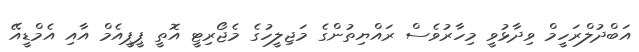
އަބްދުލްރަހީމް ވިދާޅުވީ މިހާރުވެސް ރައްޔިތުންގެ މަޖިލީހުގެ މެޖޯރިޓީ އޮތީ ޕީޕީއެމް އާާއި އެމްޑީއޭ